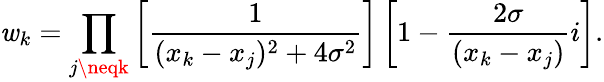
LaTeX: \mathit{w}_{k}=\prod_{j\neqk}\left[{\frac{{1}}{{(x_{k}-x_{j})^{2}+4\sigma^{2}}}}\right]\left[1-{\frac{{2\sigma}}{{(x_{k}-x_{j})}}}i\right].